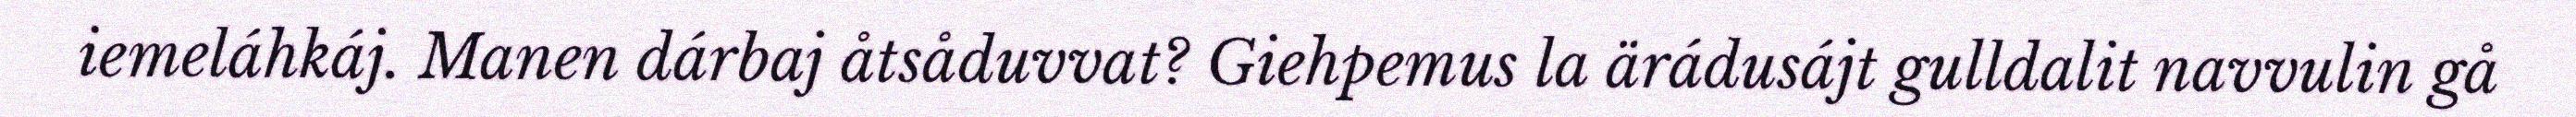
iemeláhkáj. Manen dárbaj åtsåduvvat? Giehpemus la ärádusájt gulldalit navvulin gå